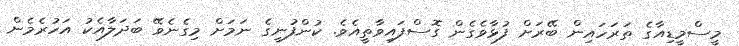
މީސްމީޑިއާގެ ތަރަހައިން ބޭރަށް ފުޅާވެގެން ގޮސްފައިވާތީއެވެ. ކުންފުނީގެ ނަމަށް މިގެނެވޭ ބަދަލާއެކު އަހުރެމެން